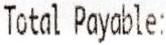
TOTAL PAYABLE: